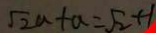
\sqrt { 2 } a + a = \sqrt { 2 } + 1